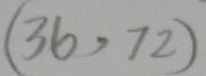
( 3 6 , 7 2 )